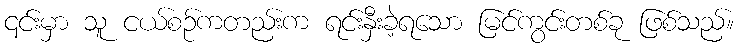
၎င်းမှာ သူ ငယ်စဉ်ကတည်းက ရင်းနှီးခဲ့ရသော မြင်ကွင်းတစ်ခု ဖြစ်သည်။